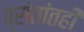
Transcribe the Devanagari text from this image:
प्रांतांतही